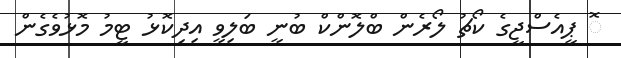
ޮ ޕީއެސްޖީގެ ކޯޗު ލޯރެން ބްލޮންކް ބުނީ ބަލިވީ އިދިކޮޅު ޓީމު މޮޅުވެގެން